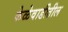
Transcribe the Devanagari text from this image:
केळेवाडीतील